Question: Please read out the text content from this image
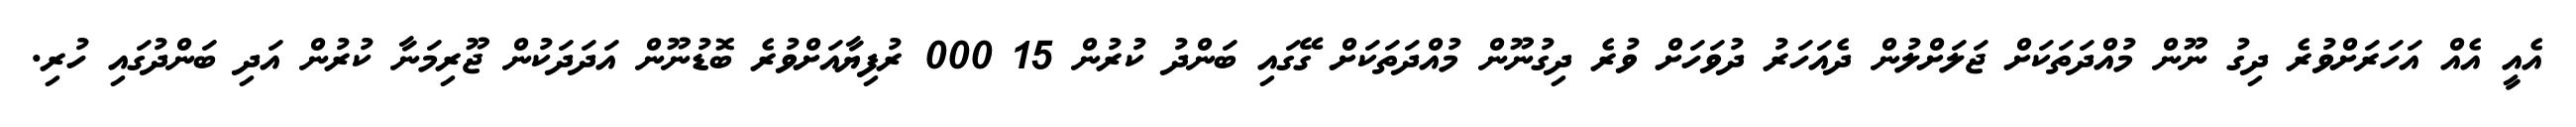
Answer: އެއީ އެއް އަހަރަށްވުރެ ދިގު ނޫން މުއްދަތަކަށް ޖަލަށްލުން ދެއަހަރު ދުވަހަށް ވުރެ ދިގުނޫން މުއްދަތަކަށް ގޭގައި ބަންދު ކުރުން 15 000 ރުފިޔާއަށްވުރެ ބޮޑުނޫން އަދަދަކުން ޖޫރިމަނާ ކުރުން އަދި ބަންދުގައި ހުރި.